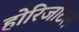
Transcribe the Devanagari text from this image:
होरिजोंटल